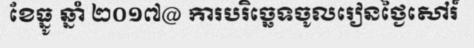
ខែធ្នូ ឆ្នាំ ២០១៧@ ការបរិច្ឆេទចូលរៀនថ្ងៃសៅរ៍